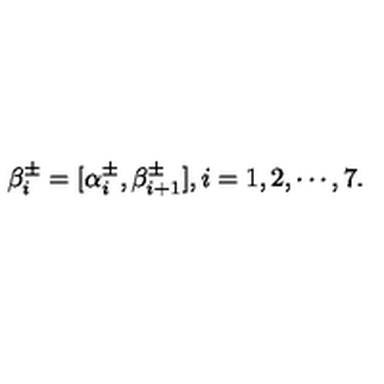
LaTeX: \beta _ { i } ^ { \pm } = [ \alpha _ { i } ^ { \pm } , \beta _ { i + 1 } ^ { \pm } ] , i = 1 , 2 , \cdots , 7 .